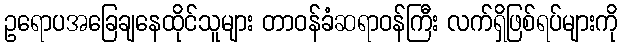
ဥရောပအခြေချနေထိုင်သူများ တာဝန်ခံဆရာဝန်ကြီး လက်ရှိဖြစ်ရပ်များကို